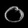
Digit: ၀